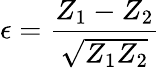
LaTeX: \epsilon=\frac{Z_{1}-Z_{2}}{\sqrt{Z_{1}Z_{2}}}